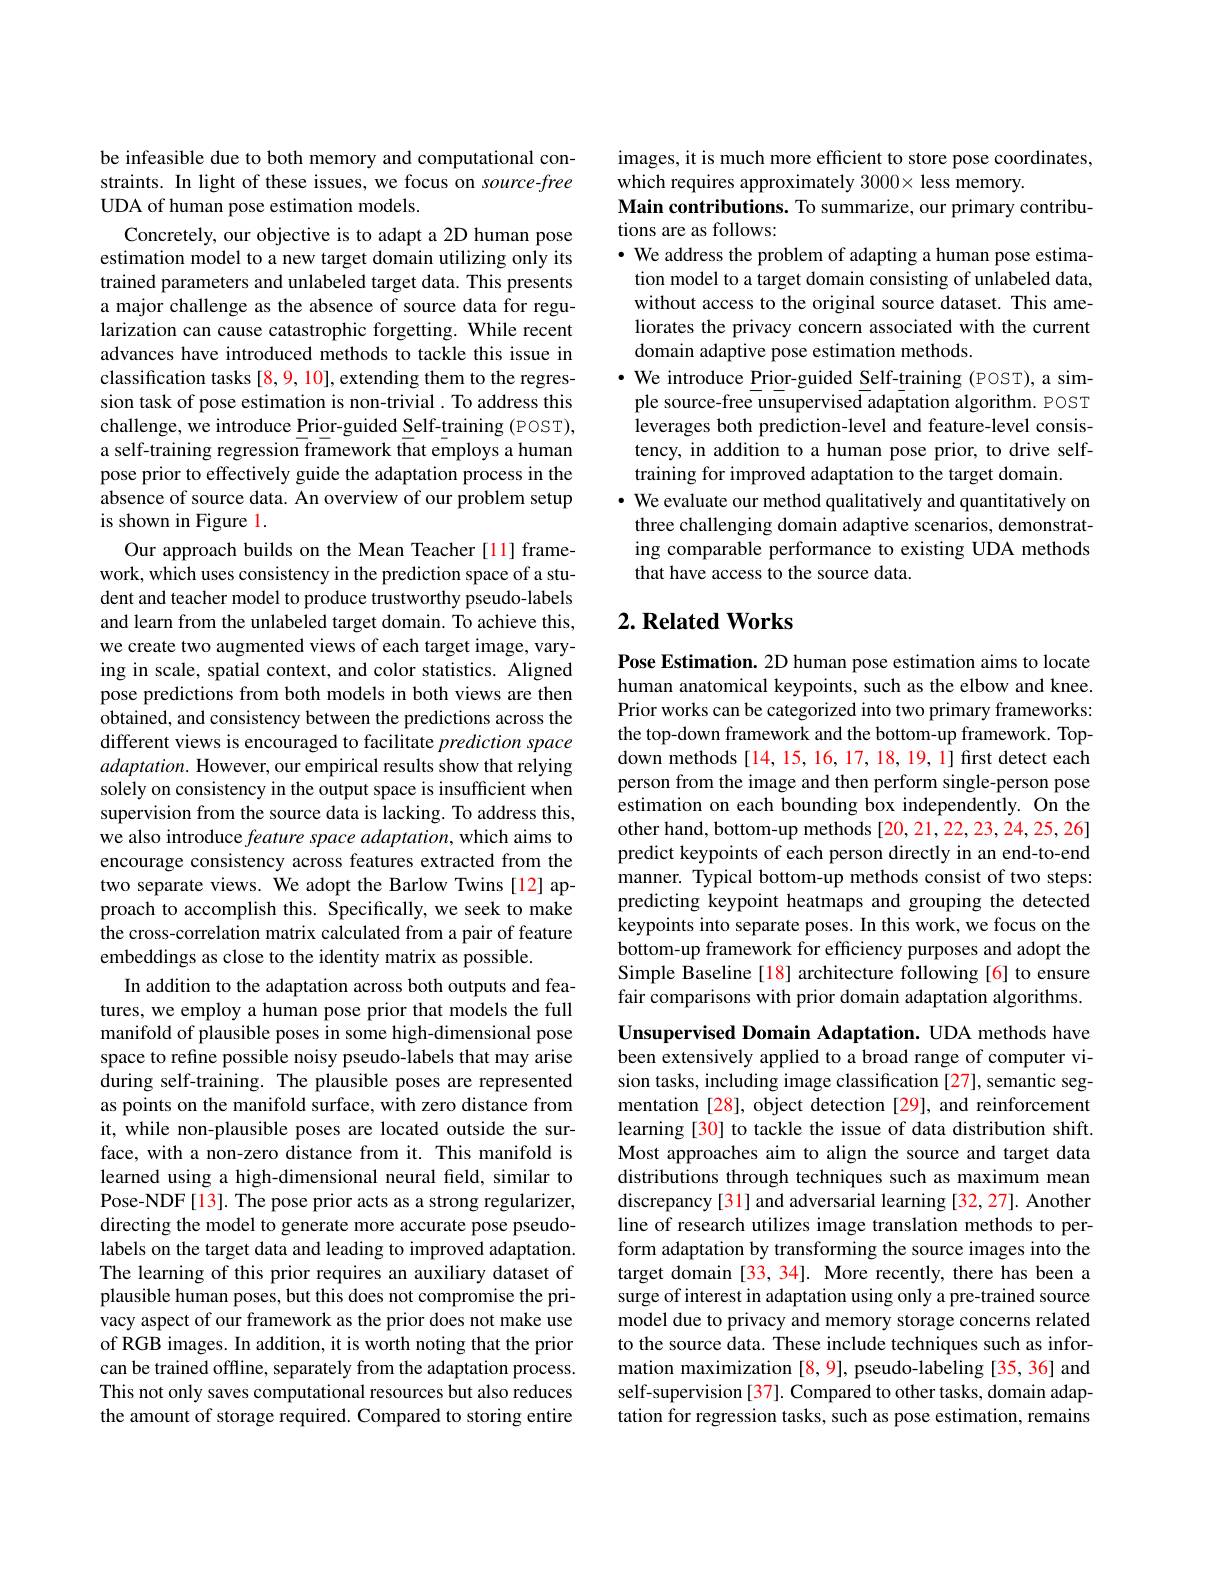
be infeasible due to both memory and computational constraints. In light of these issues, we focus on source-free UDA of human pose estimation models.
Concretely, our objective is to adapt a 2D human pose estimation model to a new target domain utilizing only its trained parameters and unlabeled target data. This presents a major challenge as the absence of source data for regularization can cause catastrophic forgetting. While recent advances have introduced methods to tackle this issue in classification tasks [8,9, 10], extending them to the regression task of pose estimation is non-trivial. To address this challenge, we introduce Prior-guided Self-training (POST), a self-training regression framework that employs a human pose prior to effectively guide the adaptation process in the absence of source data. An overview of our problem setup is shown in Figure l.
Our approach builds on the Mean Teacher [11] framework, which uses consistency in the prediction space of a student and teacher model to produce trustworthy pseudo-labels and learn from the unlabeled target domain. To achieve this, we create two augmented views of each target image, varying in scale, spatial context, and color statistics. Aligned pose predictions from both models in both views are then obtained, and consistency between the predictions across the different views is encouraged to facilitate prediction space adaptation. However, our empirical results show that relying solely on consistency in the output space is insufficient when supervision from the source data is lacking. To address this, we also introduce feature space adaptation, which aims to encourage consistency across features extracted from the two separate views. We adopt the Barlow Twins[12] approach to accomplish this. Specifically, we seek to make the cross-correlation matrix calculated from a pair of feature embeddings as close to the identity matrix as possible.
In addition to the adaptation across both outputs and features, we employ a human pose prior that models the full manifold of plausible poses in some high-dimensional pose space to refine possible noisy pseudo-labels that may arise during self-training. The plausible poses are represented as points on the manifold surface, with zero distance from it, while non-plausible poses are located outside the surface, with a non-zero distance from it. This manifold is learned using a high-dimensional neural feld, similar to Pose-NDF[13]. The pose prior acts as a strong regularizer, directing the model to generate more accurate pose pseudolabels on the target data and leading to improved adaptation. The learning of this prior requires an auxiliary dataset of plausible human poses, but this does not compromise the privacy aspect of our framework as the prior does not make use of RGB images. In addition, it is worth noting that the prior can be trained offline, separately from the adaptation process. This not only saves computational resources but also reduces the amount of storage required. Compared to storing entire

images, it is much more efficient to store pose coordinates,
which requires approximately 3000× less memory.
Main contributions. To summarize, our primary contribu-
tions are as follows:

· We address the problem of adapting a human pose estimation model to a target domain consisting of unlabeled data, without access to the original source dataset. This ameliorates the privacy concern associated with the current domain adaptive pose estimation methods.
$\bullet$ We introduce Prior-guided Self-training (POST), a sim-
ple source-free unsupervised adaptation algorithm. POST leverages both prediction-level and feature-level consistency, in addition to a human pose prior, to drive selftraining for improved adaptation to the target domain.
· We evaluate our method qualitatively and quantitatively on three challenging domain adaptive scenarios, demonstrating comparable performance to existing UDA methods that have access to the source data.

## $2. \textbf{Related Works}$

Pose Estimation. 2D human pose estimation aims to locate human anatomical keypoints, such as the elbow and knee. Prior works can be categorized into two primary frameworks: the top-down framework and the bottom-up framework. Topdown methods [14, 15, 16, 17, 18, 19, 1] first detect each person from the image and then perform single-person pose estimation on each bounding box independently. On the other hand, bottom-up methods [20,21,22,23,24,25,26] predict keypoints of each person directly in an end-to-end manner. Typical bottom-up methods consist of two steps: predicting keypoint heatmaps and grouping the detected keypoints into separate poses. In this work, we focus on the bottom-up framework for efficiency purposes and adopt the Simple Baseline [18] architecture following [6] to ensure fair comparisons with prior domain adaptation algorithms.

Unsupervised Domain Adaptation. UDA methods have been extensively applied to a broad range of computer vision tasks, including image classification [27], semantic segmentation [28], object detection [29], and reinforcement learning [30] to tackle the issue of data distribution shift. Most approaches aim to align the source and target data distributions through techniques such as maximum mean discrepancy [31] and adversarial learning [32,27]. Another line of research utilizes image translation methods to perform adaptation by transforming the source images into the target domain [33, 34]. More recently, there has been a surge of interest in adaptation using only a pre-trained source model due to privacy and memory storage concerns related to the source data. These include techniques such as information maximization [8,9], pseudo-labeling [35, 36] and self-supervision [37]. Compared to other tasks, domain adaptation for regression tasks, such as pose estimation, remains